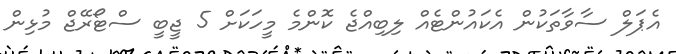
އެޕަލް ސާވާތަކުން އެކައުންޓެއް ލިބިއްޖެ ކޮންމެ މީހަކަށް 5 ޖީބީ ސްޓޯރޭޖް މުޅިން